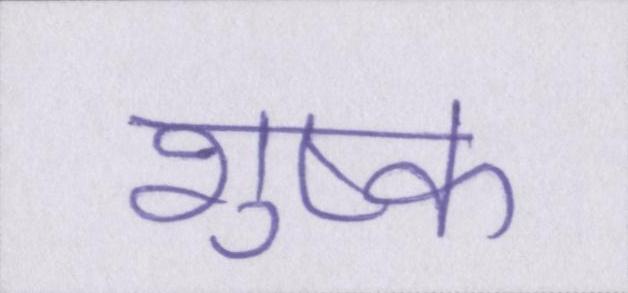
शुष्क